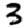
Digit: 3